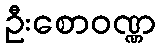
ဦးစောဝဏ္ဏ